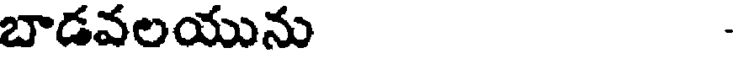
బాడవలయును -